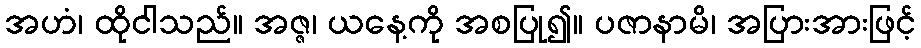
အဟံ၊ ထိုငါသည်။ အဇ္ဇ၊ ယနေ့ကို အစပြု၍။ ပဇာနာမိ၊ အပြားအားဖြင့်